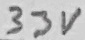
Text: 33V